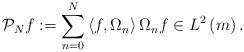
LaTeX: \begin{align*}\mathcal{P}_{N}f:=\sum_{n=0}^{N}\left\langle f,\Omega_{n}\right\rangle\Omega_{n}f\in L^{2}\left( m\right) . \end{align*}